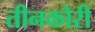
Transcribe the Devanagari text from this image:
तीनकोरी